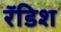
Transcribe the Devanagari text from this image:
रॅडिश